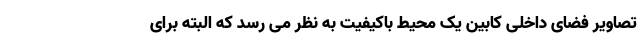
تصاویر فضای داخلی کابین یک محیط باکیفیت به نظر می رسد که البته برای